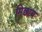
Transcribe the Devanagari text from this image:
मिछाय